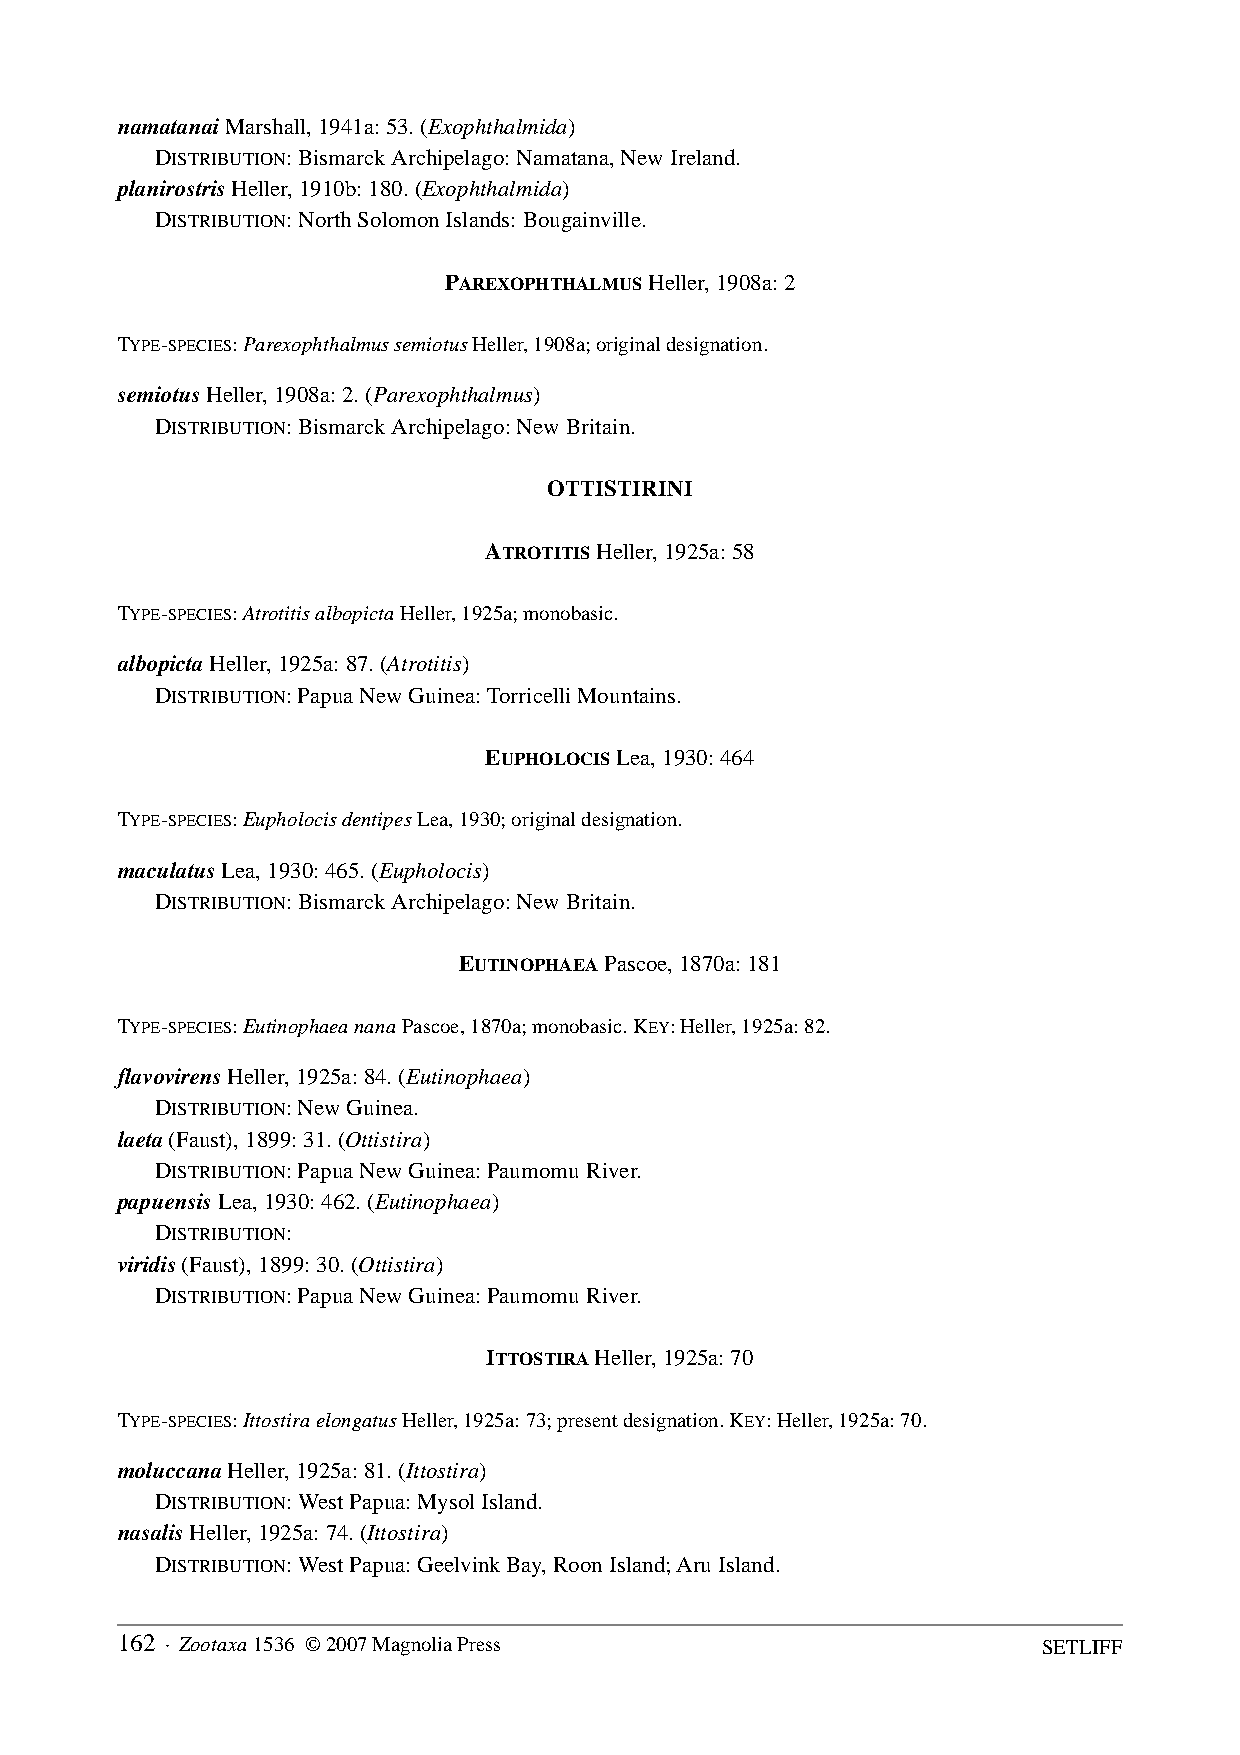
namatanai Marshall, 1941a: 53. (Exophthalmida)
 DISTRIBUTION: Bismarck Archipelago: Namatana, New Ireland.
 planirostris Heller, 1910b: 180. (Exophthalmida)
 DISTRIBUTION: North Solomon Islands: Bougainville.
 PAREXOPHTHALMUS Heller, 1908a: 2
 TYPE-SPECIES: Parexophthalmus semiotus Heller, 1908a; original designation.
 semiotus Heller, 1908a: 2. (Parexophthalmus)
 DISTRIBUTION: Bismarck Archipelago: New Britain.
 OTTISTIRINI
 ATROTITIS Heller, 1925a: 58
 TYPE-SPECIES: Atrotitis albopicta Heller, 1925a; monobasic.
 albopicta Heller, 1925a: 87. (Atrotitis)
 DISTRIBUTION: Papua New Guinea: Torricelli Mountains.
 EUPHOLOCIS Lea, 1930: 464
 TYPE-SPECIES: Eupholocis dentipes Lea, 1930; original designation.
 maculatus Lea, 1930: 465. (Eupholocis)
 DISTRIBUTION: Bismarck Archipelago: New Britain.
 EUTINOPHAEA Pascoe, 1870a: 181
 TYPE-SPECIES: Eutinophaea nana Pascoe, 1870a; monobasic. KEY: Heller, 1925a: 82.
 flavovirens Heller, 1925a: 84. (Eutinophaea)
 DISTRIBUTION: New Guinea.
 laeta (Faust), 1899: 31. (Ottistira)
 DISTRIBUTION: Papua New Guinea: Paumomu River.
 papuensis Lea, 1930: 462. (Eutinophaea)
 DISTRIBUTION:
 viridis (Faust), 1899: 30. (Ottistira)
 DISTRIBUTION: Papua New Guinea: Paumomu River.
 ITTOSTIRA Heller, 1925a: 70
 TYPE-SPECIES: Ittostira elongatus Heller, 1925a: 73; present designation. KEY: Heller, 1925a: 70.
 moluccana Heller, 1925a: 81. (Ittostira)
 DISTRIBUTION: West Papua: Mysol Island.
 nasalis Heller, 1925a: 74. (Ittostira)
 DISTRIBUTION: West Papua: Geelvink Bay, Roon Island; Aru Island.
 162 · Zootaxa 1536 © 2007 Magnolia Press                     SETLIFF